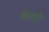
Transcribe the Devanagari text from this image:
वेटरों